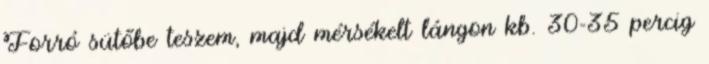
Forró sütőbe teszem, majd mérsékelt lángon kb. 30-35 percig